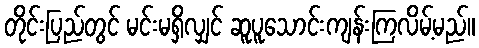
တိုင်းပြည်တွင် မင်းမရှိလျှင် ဆူပူသောင်းကျန်းကြလိမ့်မည်။